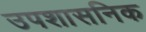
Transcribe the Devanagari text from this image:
उपशासनिक